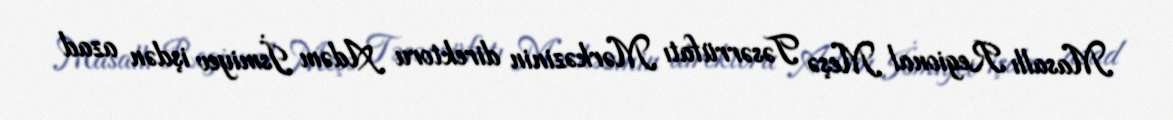
Masallı Regional Meşə Təsərrüfatı Mərkəzinin direktoru Adəm İsmiyev işdən azad